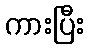
ကားပြီး